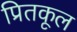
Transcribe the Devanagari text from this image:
प्रितकूल